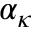
\alpha _ { \kappa }